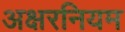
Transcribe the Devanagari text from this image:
अक्षरनियम